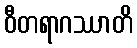
ဝီတရာဂဿာတိ